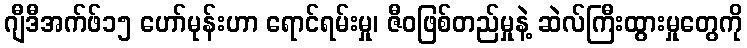
ဂျီဒီအက်ဖ်၁၅ ဟော်မုန်းဟာ ရောင်ရမ်းမှု၊ ဇီဝဖြစ်တည်မှုနဲ့ ဆဲလ်ကြီးထွားမှုတွေကို